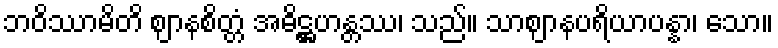
ဘဝိဿာမိတိ ဈာနစိတ္တံ အဓိဋ္ဌဟန္တဿ၊ သည်။ သာဈာနပရိယာပန္နာ၊ သော။